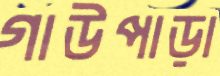
গাউপাড়া